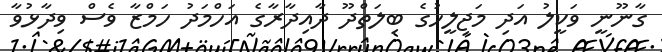
ގާނޫނީ ވަކީލު އަދި މަޖިލީހުގެ ބިލަތްދޫ ދާއިދާރާގެ އަހްމަދު ހަމްޒާ ވެސް ވިދާޅުވާ